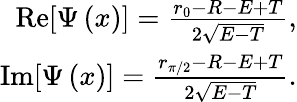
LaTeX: \begin{array}{r}{\mathrm{Re}[\Psi\left(x\right)]=\frac{r_{0}-R-E+T}{2\sqrt{E-T}},}\\ {\mathrm{Im}[\Psi\left(x\right)]=\frac{r_{\pi/2}-R-E+T}{2\sqrt{E-T}}.}\end{array}